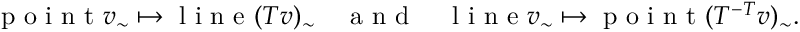
\begin{array} { r } { \mathrm { ~ p ~ o ~ i ~ n ~ t ~ } v _ { \sim } \mapsto \mathrm { ~ l ~ i ~ n ~ e ~ } ( T v ) _ { \sim } \quad \mathrm { ~ a ~ n ~ d ~ } \quad \mathrm { ~ l ~ i ~ n ~ e ~ } v _ { \sim } \mapsto \mathrm { ~ p ~ o ~ i ~ n ~ t ~ } ( T ^ { - T } v ) _ { \sim } . } \end{array}